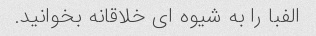
الفبا را به شیوه ای خلاقانه بخوانید.